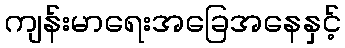
ကျန်းမာရေးအခြေအနေနှင့်